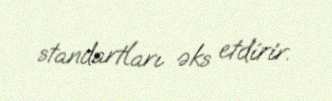
standartları əks etdirir.